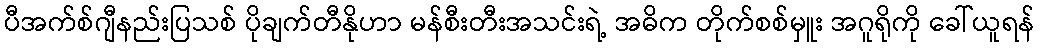
ပီအက်စ်ဂျီနည်းပြသစ် ပိုချက်တီနိုဟာ မန်စီးတီးအသင်းရဲ့ အဓိက တိုက်စစ်မှူး အဂူရိုကို ခေါ်ယူရန်